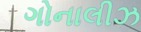
ગોનાલીઝ